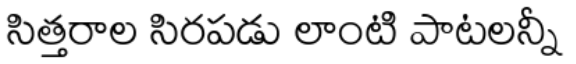
సిత్తరాల సిరపడు లాంటి పాటలన్నీ